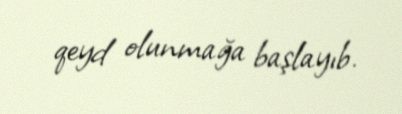
qeyd olunmağa başlayıb.